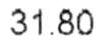
31.80